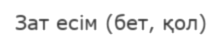
Зат есім (бет, қол)